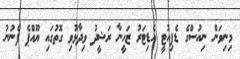
މިނިވަން ނިއުސްގެ ޑެޕިއުޓީ އެޑިޓަރު ޒަހީނާ ރަޝީދު ވިދާޅުވި ގޮތުގައި ޔޫއްޕެ ފެނުނު